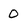
Character: 0